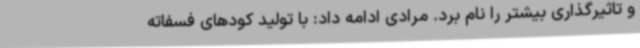
و تاثیرگذاری بیشتر را نام برد. مرادی ادامه داد: با تولید کودهای فسفاته